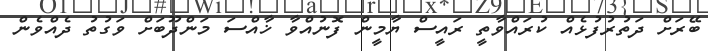
ބޭރަށް ދަތުރުފުޅެއް ކުރައްވާތީ ރައީސް ޔާމީން ފޮނުއްވާ ޚާއްސަ މަންދޫބަށް ވަގުތު ދެއްވެން